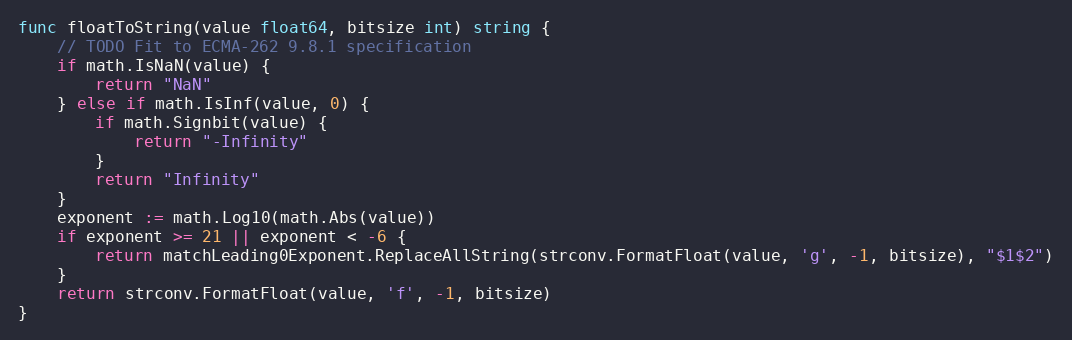
Language: Go
func floatToString(value float64, bitsize int) string {
	// TODO Fit to ECMA-262 9.8.1 specification
	if math.IsNaN(value) {
		return "NaN"
	} else if math.IsInf(value, 0) {
		if math.Signbit(value) {
			return "-Infinity"
		}
		return "Infinity"
	}
	exponent := math.Log10(math.Abs(value))
	if exponent >= 21 || exponent < -6 {
		return matchLeading0Exponent.ReplaceAllString(strconv.FormatFloat(value, 'g', -1, bitsize), "$1$2")
	}
	return strconv.FormatFloat(value, 'f', -1, bitsize)
}